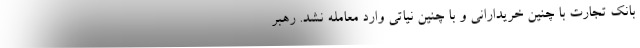
بانک تجارت با چنین خریدارانی و با چنین نیاتی وارد معامله نشد. رهبر